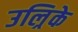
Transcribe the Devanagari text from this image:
उल्रिके